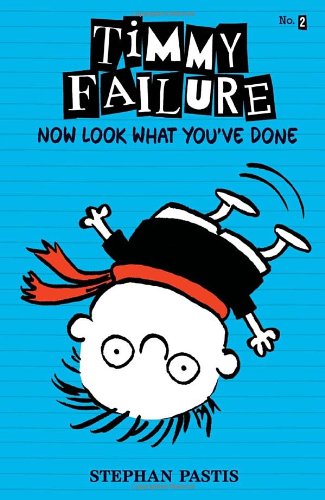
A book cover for Timmy Failure: Now Look What You've Done; Stephan Pastis; Children's Books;